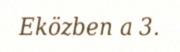
Eközben a 3.